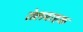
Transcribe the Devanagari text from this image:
तेलवाहक